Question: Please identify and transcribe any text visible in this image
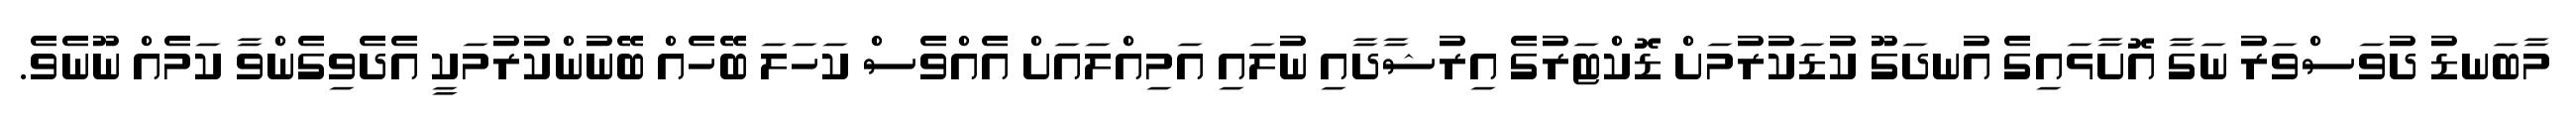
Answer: މާބަނޑު ދުވަސްވަރު ނަގާ އޮށާޅައިގެ އުނދަގޫ ކުޑަކުރުމަށް ޑޮކްޓަރުގެ އިރުޝާދާއި ނުލައި އަމިއްލައަށް އެއްވެސް ކަހަލަ ބޭހެއް ބޭނުންކުރުމަކީ އެދެވިގެންވާ ކަމެއް ނޫނެވެ.